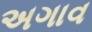
અગાવ